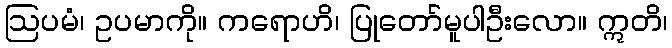
ဩပမံ၊ ဥပမာကို။ ကရောဟိ၊ ပြုတော်မူပါဦးလော။ ဣတိ၊